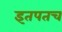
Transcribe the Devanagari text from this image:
इतपतच